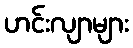
ဟင်းလျာများ